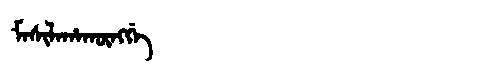
Manchu: ᠮᠠᠰᡳᠯᠠᡥᠠᡴᡡᠩᡤᡝ
Romanization: MASILAHAKŪNGGE